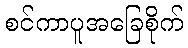
စင်ကာပူအခြေစိုက်